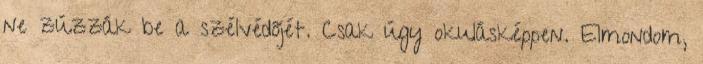
ne zúzzák be a szélvédőjét. Csak úgy okulásképpen. Elmondom,